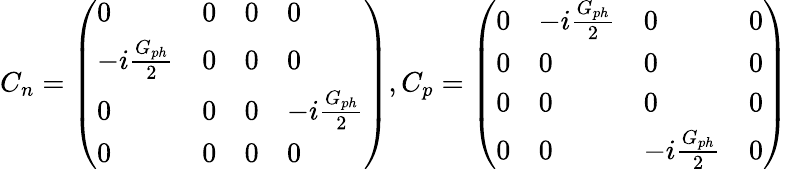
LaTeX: C_{n}=\left(\begin{array}{llll}{0}&{0}&{0}&{0}\\ {-i\frac{G_{ph}}{2}}&{0}&{0}&{0}\\ {0}&{0}&{0}&{-i\frac{G_{ph}}{2}}\\ {0}&{0}&{0}&{0}\end{array}\right),C_{p}=\left(\begin{array}{llll}{0}&{-i\frac{G_{ph}}{2}}&{0}&{0}\\ {0}&{0}&{0}&{0}\\ {0}&{0}&{0}&{0}\\ {0}&{0}&{-i\frac{G_{ph}}{2}}&{0}\end{array}\right)